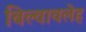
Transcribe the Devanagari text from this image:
बिल्वावलेह